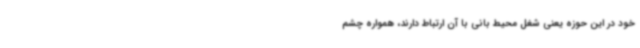
خود در این حوزه یعنی شغل محیط بانی با آن ارتباط دارند، همواره چشم